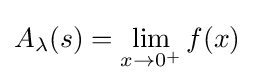
A_{\lambda }(s)=\lim _{x\rightarrow 0^{+}}f(x)